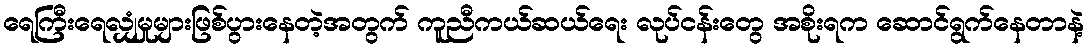
ရေကြီးရေလျှံမှုများဖြစ်ပွားနေတဲ့အတွက် ကူညီကယ်ဆယ်ရေး လုပ်ငန်းတွေ အစိုးရက ဆောင်ရွက်နေတာနဲ့